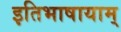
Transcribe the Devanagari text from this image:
इतिभाषायाम्‌